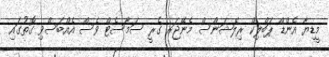
މީޑިޔާ އެންޑް ޕަބްލިކް ރިލޭޝަންސް މެނޭޖަރ ގެރީ ސަމާސެޓް ވެސް އެއްބަސްވި ގޮތުގައި